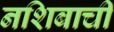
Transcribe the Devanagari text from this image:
नशिबाची